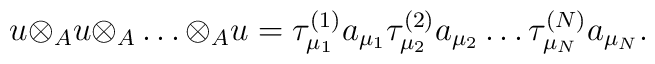
u{\otimes}_{A}u{\otimes}_{A} \ldots {\otimes}_{A}u ={\tau}^{(1)}_{{\mu}_1}a_{{\mu}_1} {\tau}^{(2)}_{{\mu}_2}a_{{\mu}_2}\ldots {\tau}^{(N)}_{{\mu}_N}a_{{\mu}_N}.